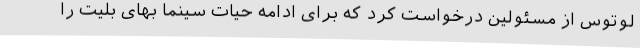
لوتوس از مسئولین درخواست کرد که برای ادامه حیات سینما بهای بلیت را